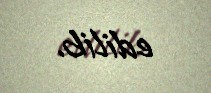
edilib.